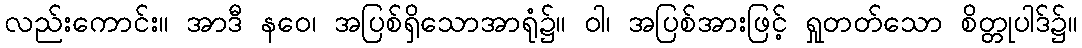
လည်းကောင်း။ အာဒီ နဝေ၊ အပြစ်ရှိသောအာရုံ၌။ ဝါ၊ အပြစ်အားဖြင့် ရှုတတ်သော စိတ္တုပါဒ်၌။